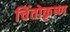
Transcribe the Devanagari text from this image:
चिंतोकृष्ण